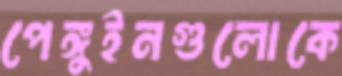
পেঙ্গুইনগুলোকে